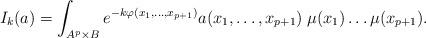
LaTeX: \begin{align*} I_k(a) = \int_{A^p \times B} e^{-k \varphi(x_1, \ldots , x_{p+1})} a(x_1, \ldots , x_{p+1}) \; \mu (x_1) \ldots \mu ( x_{p+1}) .\end{align*}